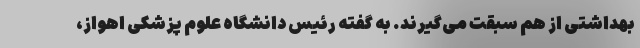
بهداشتی از هم سبقت می‌گیرند. به گفته رئیس دانشگاه علوم پزشکی اهواز،